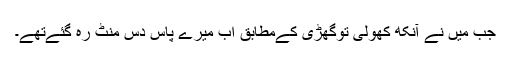
جب میں نے آنکھ کھولی توگھڑی کےمطابق اب میرے پاس دس منٹ رہ گئےتھے۔